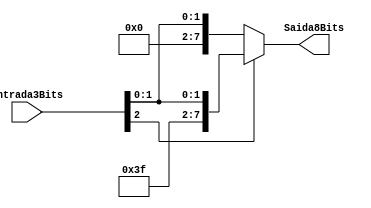
module Extensor(
   input signed [2:0] Entrada3Bits,
   output reg [7:0] Saida8Bits 
);

   always @(Entrada3Bits) begin
      if (Entrada3Bits[2] == 1) // Nmero negativo
         Saida8Bits = {5'b11111, Entrada3Bits};
      else // Nmero positivo
         Saida8Bits = {5'b00000, Entrada3Bits};
   end

endmodule